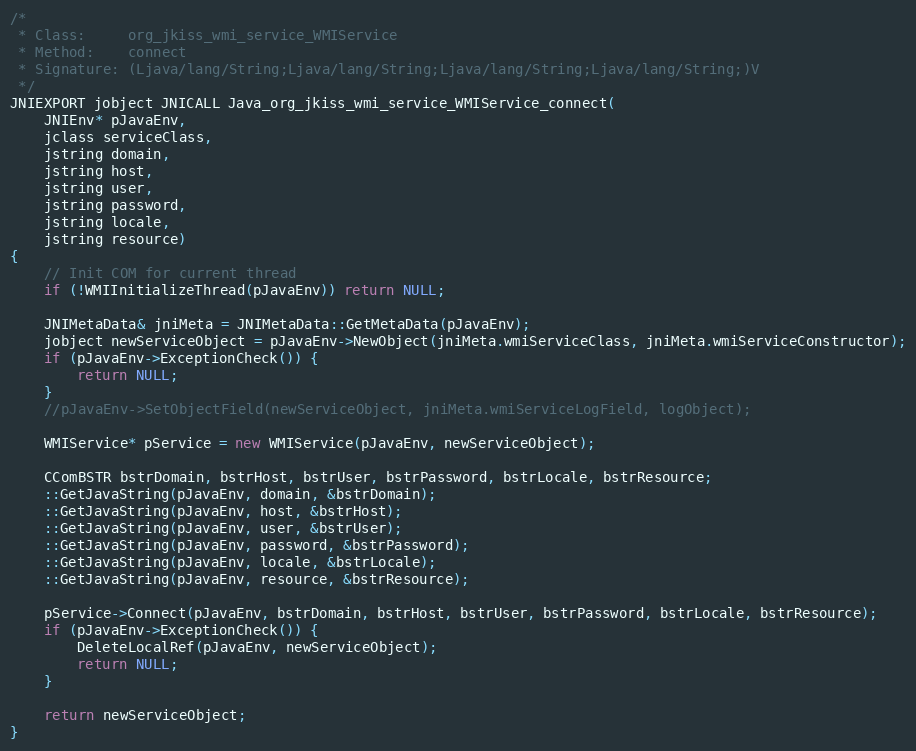
Language: C++
/*
 * Class:     org_jkiss_wmi_service_WMIService
 * Method:    connect
 * Signature: (Ljava/lang/String;Ljava/lang/String;Ljava/lang/String;Ljava/lang/String;)V
 */
JNIEXPORT jobject JNICALL Java_org_jkiss_wmi_service_WMIService_connect(
	JNIEnv* pJavaEnv,
	jclass serviceClass,
	jstring domain,
	jstring host,
	jstring user,
	jstring password,
	jstring locale,
	jstring resource)
{
	// Init COM for current thread
	if (!WMIInitializeThread(pJavaEnv)) return NULL;

	JNIMetaData& jniMeta = JNIMetaData::GetMetaData(pJavaEnv);
	jobject newServiceObject = pJavaEnv->NewObject(jniMeta.wmiServiceClass, jniMeta.wmiServiceConstructor);
	if (pJavaEnv->ExceptionCheck()) {
		return NULL;
	}
	//pJavaEnv->SetObjectField(newServiceObject, jniMeta.wmiServiceLogField, logObject);

	WMIService* pService = new WMIService(pJavaEnv, newServiceObject);

	CComBSTR bstrDomain, bstrHost, bstrUser, bstrPassword, bstrLocale, bstrResource;
	::GetJavaString(pJavaEnv, domain, &bstrDomain);
	::GetJavaString(pJavaEnv, host, &bstrHost);
	::GetJavaString(pJavaEnv, user, &bstrUser);
	::GetJavaString(pJavaEnv, password, &bstrPassword);
	::GetJavaString(pJavaEnv, locale, &bstrLocale);
	::GetJavaString(pJavaEnv, resource, &bstrResource);

	pService->Connect(pJavaEnv, bstrDomain, bstrHost, bstrUser, bstrPassword, bstrLocale, bstrResource);
	if (pJavaEnv->ExceptionCheck()) {
		DeleteLocalRef(pJavaEnv, newServiceObject);
		return NULL;
	}

	return newServiceObject;
}